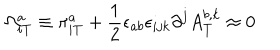
\Omega _ { i T } ^ { a } \equiv \pi _ { i T } ^ { a } + \frac { 1 } { 2 } \epsilon _ { a b } \epsilon _ { i j k } \partial ^ { j } A _ { T } ^ { b , k } \approx 0